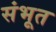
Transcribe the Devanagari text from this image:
संभूत